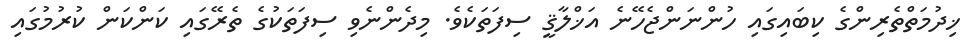
ޚިދުމަތްތެރިންގެ ކިބައިގައި ހުންނަންޖެހޭނެ އަޚްލާޤީ ސިފަތަކެވެ. މިދެންނެވި ސިފަތަކުގެ ތެރޭގައި ކަންކަން ކުރުމުގައި